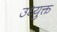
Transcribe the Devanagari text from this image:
उध्युक्त